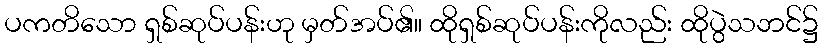
ပကတိသော ရှစ်ဆုပ်ပန်းဟု မှတ်အပ်၏။ ထိုရှစ်ဆုပ်ပန်းကိုလည်း ထိုပွဲသဘင်၌